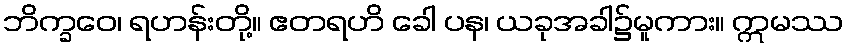
ဘိက္ခဝေ၊ ရဟန်းတို့။ ဧတရဟိ ခေါ ပန၊ ယခုအခါ၌မူကား။ ဣမဿ